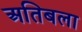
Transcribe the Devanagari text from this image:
अतिबला